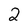
Character: 2